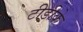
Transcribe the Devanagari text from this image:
टीडीके